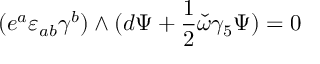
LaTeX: ( e ^ { a } \varepsilon _ { a b } \gamma ^ { b } ) \wedge ( d \Psi + { \frac { 1 } { 2 } } \check { \omega } \gamma _ { 5 } \Psi ) = 0